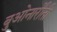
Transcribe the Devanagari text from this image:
बुओनार्रोती